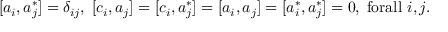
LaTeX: [ a _ { i } , a _ { j } ^ { \ast } ] = \delta _ { i j } , \; [ c _ { i } , a _ { j } ] = [ c _ { i } , a _ { j } ^ { \ast } ] = [ a _ { i } , a _ { j } ] = [ a _ { i } ^ { \ast } , a _ { j } ^ { \ast } ] = 0 , \; \mathrm { f o r a l l ~ } i , j .